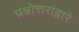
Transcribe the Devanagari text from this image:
प्रश्नोत्तरांद्वारे